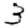
Digit: 3